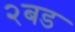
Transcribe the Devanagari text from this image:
२बड